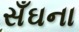
સઁઘના